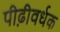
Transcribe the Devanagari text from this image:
पीढ़ीवर्धक